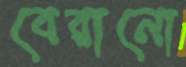
বেরানো